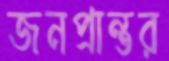
জনপ্রান্তর